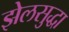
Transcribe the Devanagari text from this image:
झेलसुद्धा